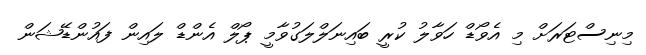
މިނިސްޓަރަށް މި އެވޯޑް ހަވާލު ކުރީ ބައިނަލްލަގުވާމީ ޕޯލް އެންޑް ލައިން ފައުންޑޭޝަން